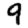
Digit: 9